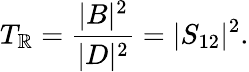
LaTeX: T_{\mathbb{R}}={\frac{{|B|^{2}}}{{|D|^{2}}}}=|S_{12}|^{2}.